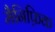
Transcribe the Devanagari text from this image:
मैनिफ़िक